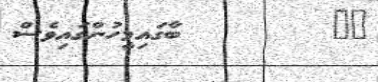
٤١         ބާގައިމީހުންގައިވެސް